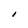
Character: I